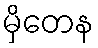
မှိတေန